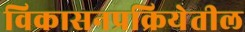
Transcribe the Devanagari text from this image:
विकासनप्रक्रियेतील